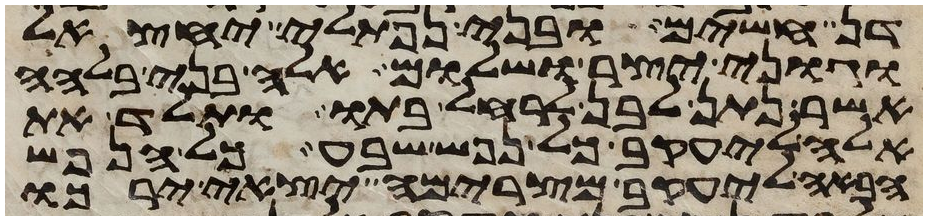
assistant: דן חשים ובני נפתלי יחצאל
וגוני יצר ושלום אלה בני בלהה
אשר נתן לבן לרחל בתו ותלד את
אלה ליעקב כל נפש שבע כל הנפש
הבאה ליעקב מצרימה יצאי ירכו